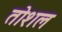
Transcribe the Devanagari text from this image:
तोशल